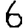
Digit: 6